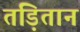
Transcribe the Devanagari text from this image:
तड़ितान